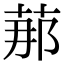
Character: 𦰡